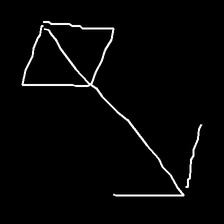
Glyph: focus